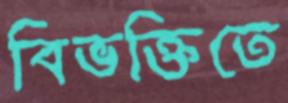
বিভক্তিতে